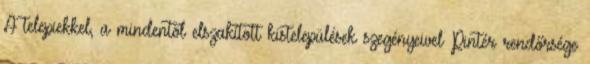
A telepiekkel, a mindentől elszakított kistelepülések szegényeivel Pintér rendőrsége